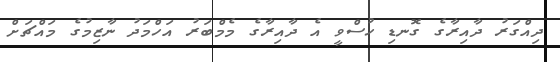
ދިއްގަރު ދާއިރާގެ ގޮނޑި ހުސްވީ އެ ދާއިރާގެ މެމްބަރު އަހްމަދު ނާޒިމުގެ މައްޗަށް